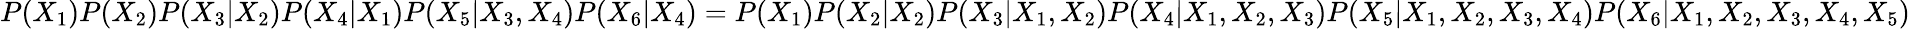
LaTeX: P(X_{1})P(X_{2})P(X_{3}|X_{2})P(X_{4}|X_{1})P(X_{5}|X_{3},X_{4})P(X_{6}|X_{4})=P(X_{1})P(X_{2}|X_{2})P(X_{3}|X_{1},X_{2})P(X_{4}|X_{1},X_{2},X_{3})P(X_{5}|X_{1},X_{2},X_{3},X_{4})P(X_{6}|X_{1},X_{2},X_{3},X_{4},X_{5})